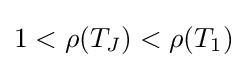
1<\rho (T_{J})<\rho (T_{1})